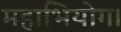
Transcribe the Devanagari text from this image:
महाभियोग।